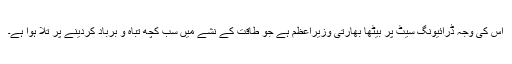
اس کی وجہ ڈرائیونگ سیٹ پر بیٹھا بھارتی وزیراعظم ہے جو طاقت کے نشے میں سب کچھ تباہ و برباد کردینے پر تُلا ہوا ہے۔